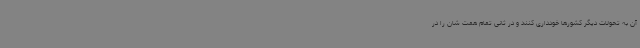
آن به تحولات دیگر کشورها خودداری کنند و در ثانی تمام همت شان را در